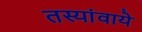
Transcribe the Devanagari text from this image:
तस्यांवाये